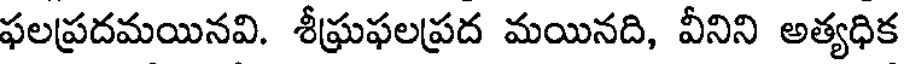
ఫలప్రదమయినవి. శీఘ్రఫలప్రద మయినది, వీనిని అత్యధిక